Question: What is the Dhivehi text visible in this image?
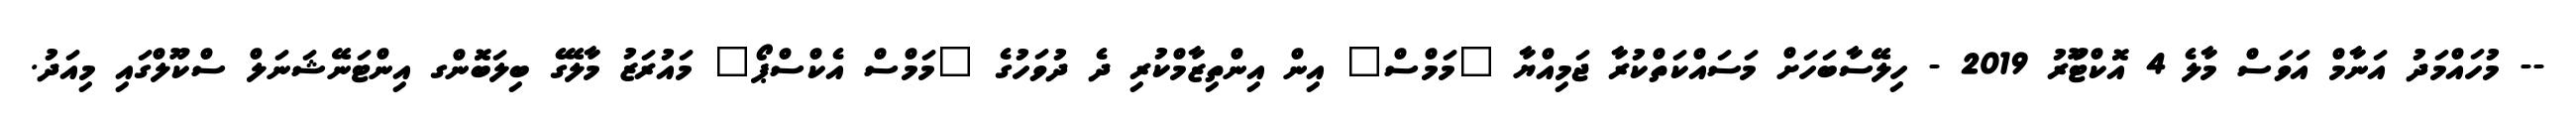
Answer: -- މުހައްމަދު އަނާމް އަވަސް މާލެ 4 އޮކްޓޫަރު 2019 - ހިލޭސާބަހަށް މަސައްކަތްކުރާ ޖަމިއްޔާ "މަމްސް" އިން އިންތިޒާމްކުރި ދެ ދުވަހުގެ "މަމްސް އެކްސްޕޯ" މައުރަޒު މާލޭގެ ބިލަބޮންގ އިންޓަނޭޝަނަލް ސްކޫލްގައި މިއަދު.